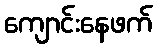
ကျောင်းနေဖက်